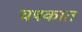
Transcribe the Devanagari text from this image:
चषकात